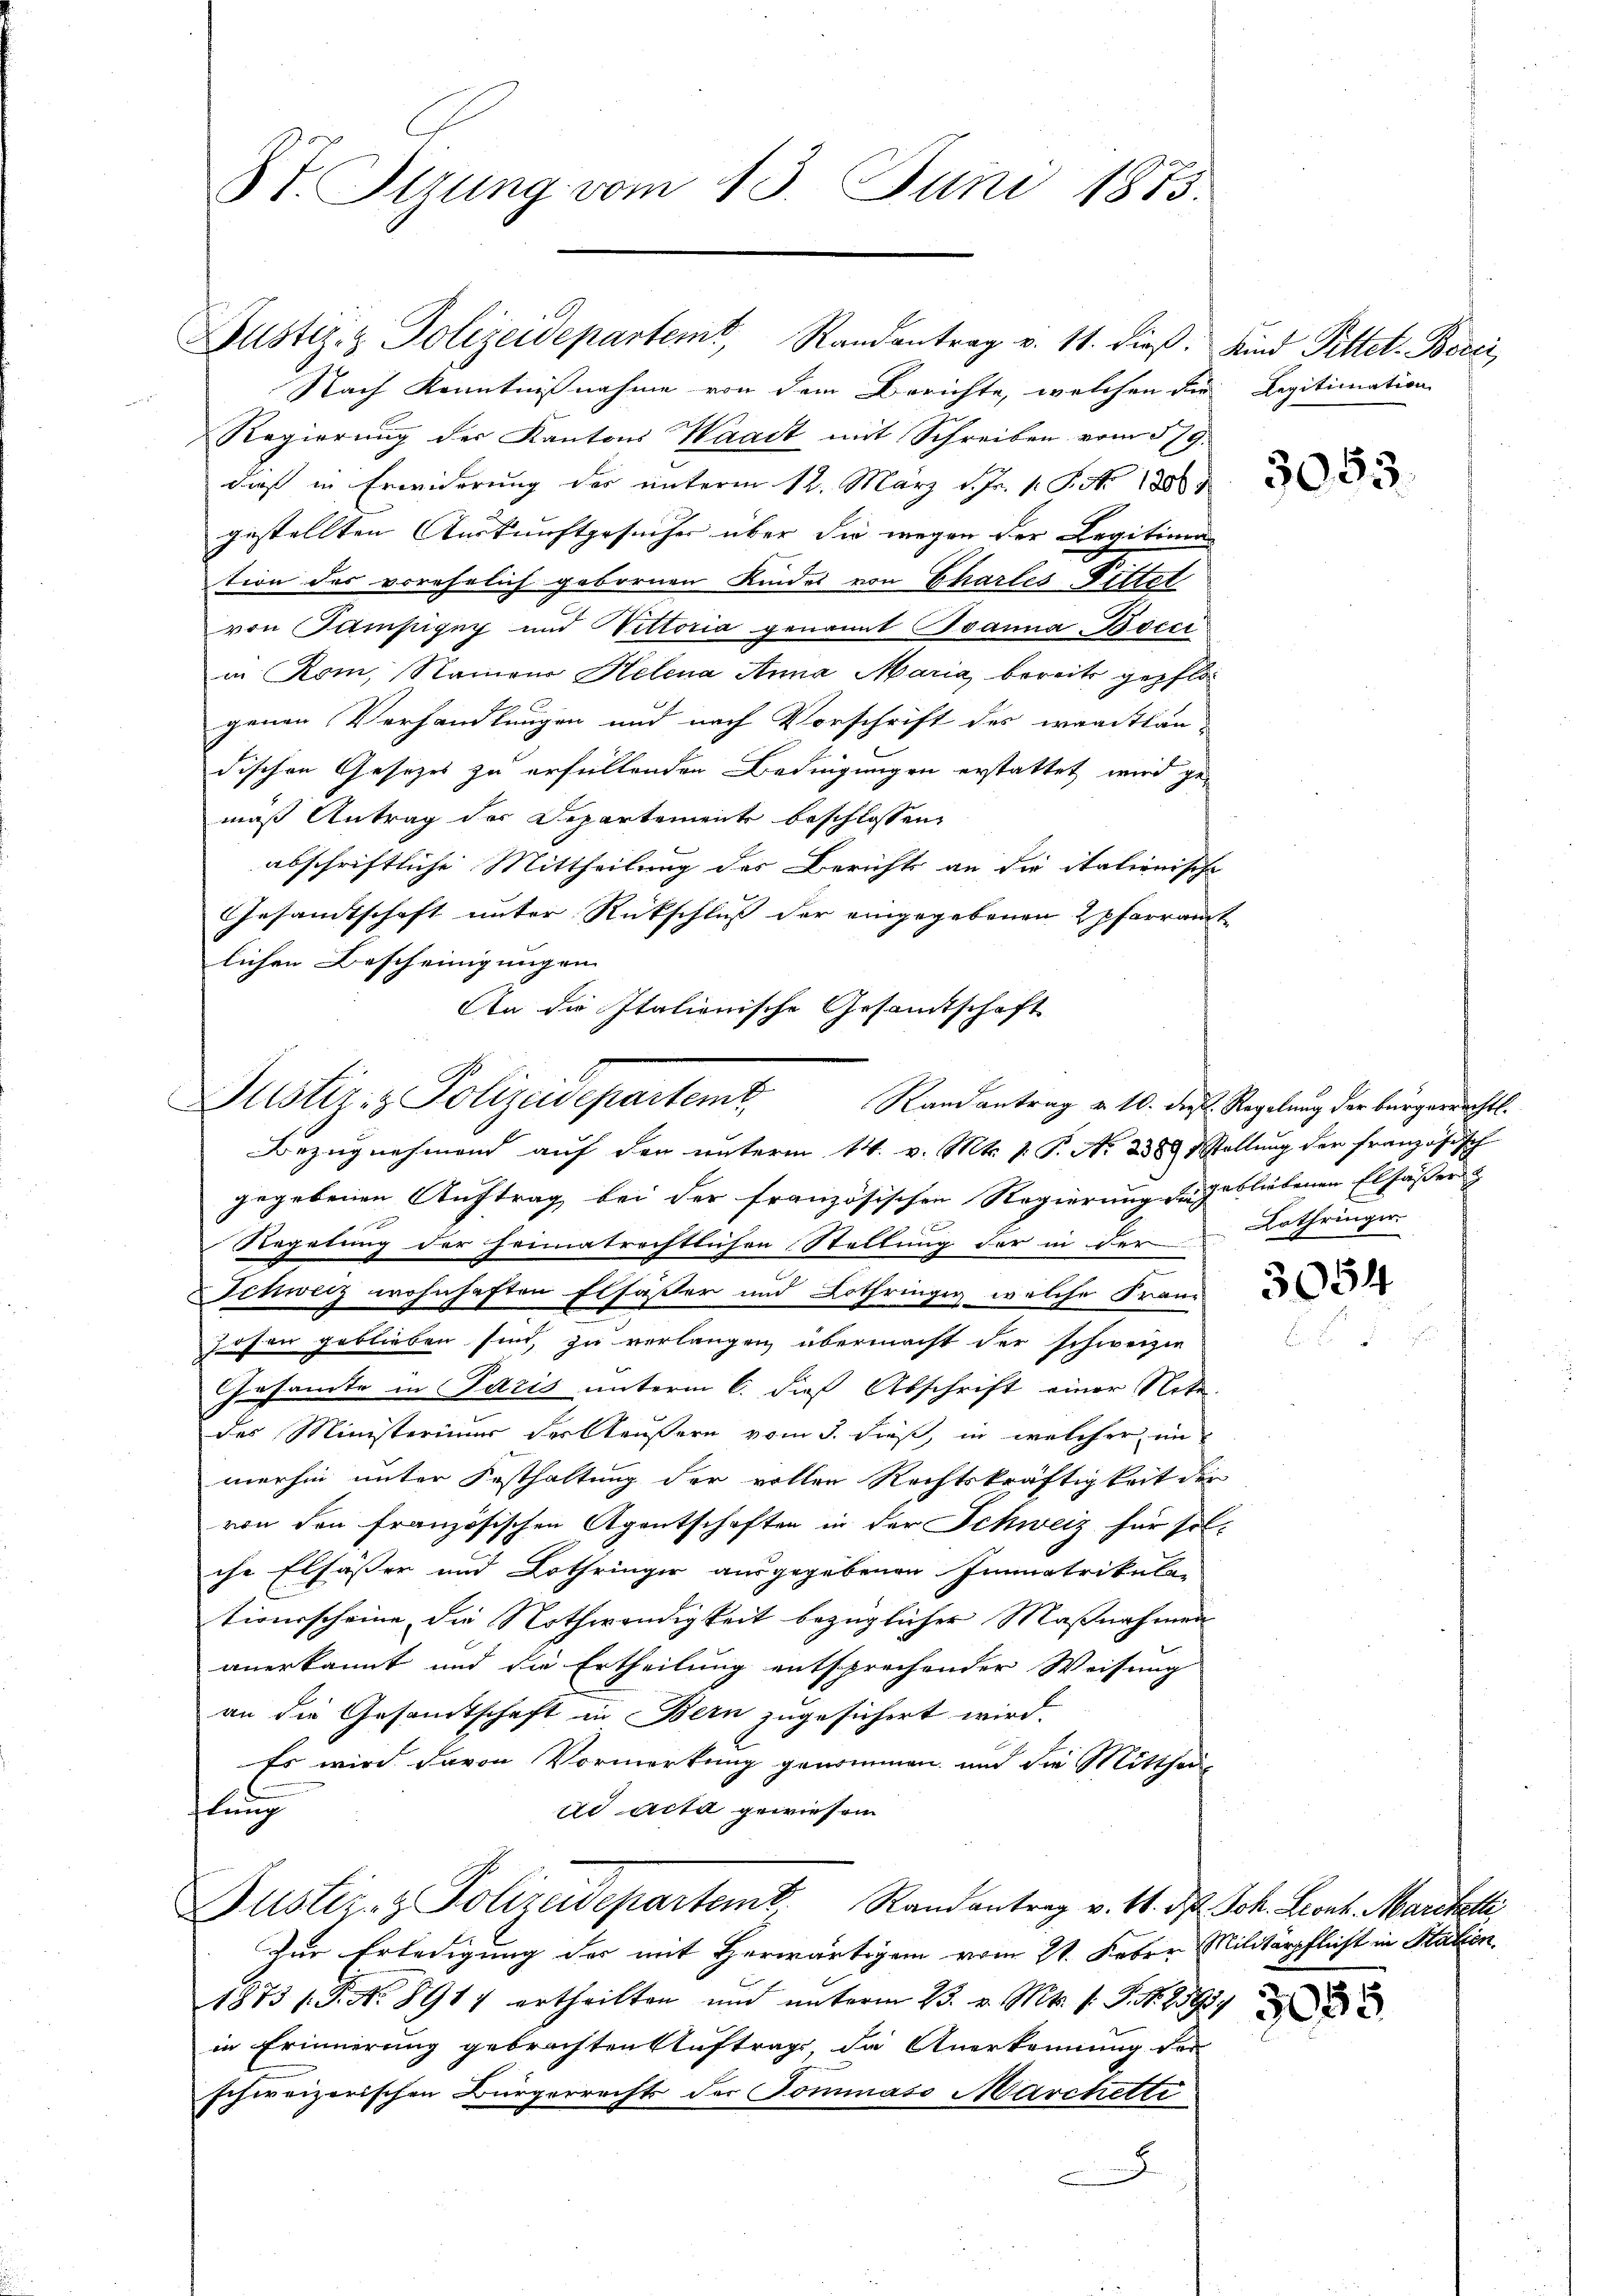
St. Sizung vom 13. Juni 1873.

Justiz- & Polizeidepartemt
Randantrag u. 10. die Regelung der bürgerrechtl.

Justiz- & Polizeidepartemt, Randantrag v. 11. dieβ. Kind Pittet. Bezei
Nach Kenntnißnahme von dem Berichte, welchen der Legitimation
Regierung der Kantons Waadt mit Schreiben vom 579.
dieß in Erwiderung der unterm 12. März d. Fr. 1. S. Nr. 1886
gestellten Auskunftgesucher über die wegen der Legitimen
tion des vorehelich gebornen Kindes von Chartes Bittet
von Tampigny und Wittoria genannt Joanna Bocci
in Rom, Namen Helena Anna Maria, bereits gepflogenen Verhandlungen und nach Vorschrift des waadtlän-
dischen Gesetzes zu erfüllenden Bedingungen erstattet wird gemäß Antrag des Departemente beschlossen,
abschriftliche Mittheilung des Berichts an die italienische
Gesandtschaft unter Rückschluß der eingegebenen pfarramt
lichen Bescheinigungen
An die Italienische Gesamtschaft

Bezugnehmend auf den unterm 14. v. Mts. 1. P. Nr. 238. Stellung der französisch
gegebenen Auftrag bei der französischen Regierung dergebliebenen Elfässer
Regelung der heimatrechtlichen Stellung der in der
Schweiz wohnhaften Elfäßer und Lothringig, welche Franz
zosen geblieben sind, zu verlangen übermacht der schweizie
Gesamte in Paris unterm 6. dieß Abschrift einer Note
des Ministerimum der Stäußern vom 3. Fieß, in welcher in
merhin unter Festhaltung der vollen Rechtskräftigkeit der
von den französischen Agentschaften in der Schweiz für sol-
che Elfässer und Lothringer ausgegebenen Immatrikular
tionsscheine, die Nothwendigkeit bezüglicher Maßnahmen
anerkannt und die Ertheilung entsprechender Weisung
an die Gesandtschaft in Bern zugesichert wird.
Es wird davon Vormerkung genommen und die Mittheils
flung
dd acta gewiesen
ustiz- & Polizeidepartemt. Randantrag v. 14. d. Joh. Front. Martalli
Zur Erledigung der mit Herwärtigem vom 21. Feber Militärpflicht in Station.
1875 P. Nr. 891 ertheilten und unterm 23. v. Mts. s. S. Nr. 954
in Erinnerung gebrachten Auftrags, da Anerkennung der
schweizerischen Bürgerrechts der Tommaso Marchetti
x

Lothringer

5054